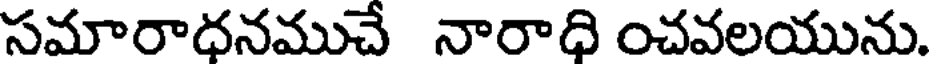
సమారాధనముచే నారాధి ంచవలయును.